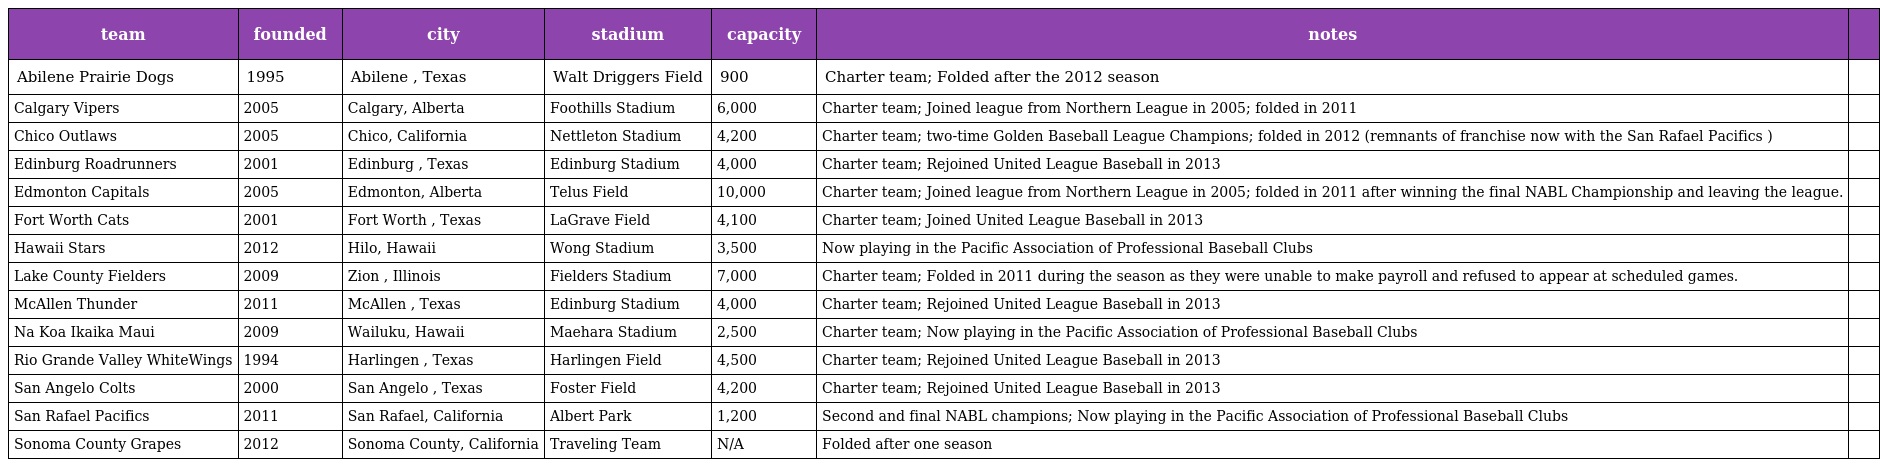
| team | founded | city | stadium | capacity | notes |  |
 | --- | --- | --- | --- | --- | --- | --- |
 | Abilene Prairie Dogs | 1995 | Abilene , Texas | Walt Driggers Field | 900 | Charter team; Folded after the 2012 season |  |
 | Calgary Vipers | 2005 | Calgary, Alberta | Foothills Stadium | 6,000 | Charter team; Joined league from Northern League in 2005; folded in 2011 |  |
 | Chico Outlaws | 2005 | Chico, California | Nettleton Stadium | 4,200 | Charter team; two-time Golden Baseball League Champions; folded in 2012 (remnants of franchise now with the San Rafael Pacifics ) |  |
 | Edinburg Roadrunners | 2001 | Edinburg , Texas | Edinburg Stadium | 4,000 | Charter team; Rejoined United League Baseball in 2013 |  |
 | Edmonton Capitals | 2005 | Edmonton, Alberta | Telus Field | 10,000 | Charter team; Joined league from Northern League in 2005; folded in 2011 after winning the final NABL Championship and leaving the league. |  |
 | Fort Worth Cats | 2001 | Fort Worth , Texas | LaGrave Field | 4,100 | Charter team; Joined United League Baseball in 2013 |  |
 | Hawaii Stars | 2012 | Hilo, Hawaii | Wong Stadium | 3,500 | Now playing in the Pacific Association of Professional Baseball Clubs |  |
 | Lake County Fielders | 2009 | Zion , Illinois | Fielders Stadium | 7,000 | Charter team; Folded in 2011 during the season as they were unable to make payroll and refused to appear at scheduled games. |  |
 | McAllen Thunder | 2011 | McAllen , Texas | Edinburg Stadium | 4,000 | Charter team; Rejoined United League Baseball in 2013 |  |
 | Na Koa Ikaika Maui | 2009 | Wailuku, Hawaii | Maehara Stadium | 2,500 | Charter team; Now playing in the Pacific Association of Professional Baseball Clubs |  |
 | Rio Grande Valley WhiteWings | 1994 | Harlingen , Texas | Harlingen Field | 4,500 | Charter team; Rejoined United League Baseball in 2013 |  |
 | San Angelo Colts | 2000 | San Angelo , Texas | Foster Field | 4,200 | Charter team; Rejoined United League Baseball in 2013 |  |
 | San Rafael Pacifics | 2011 | San Rafael, California | Albert Park | 1,200 | Second and final NABL champions; Now playing in the Pacific Association of Professional Baseball Clubs |  |
 | Sonoma County Grapes | 2012 | Sonoma County, California | Traveling Team | N/A | Folded after one season |  |